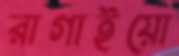
রাগাইয়ো